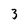
Character: 3